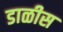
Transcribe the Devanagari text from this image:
डाळीस